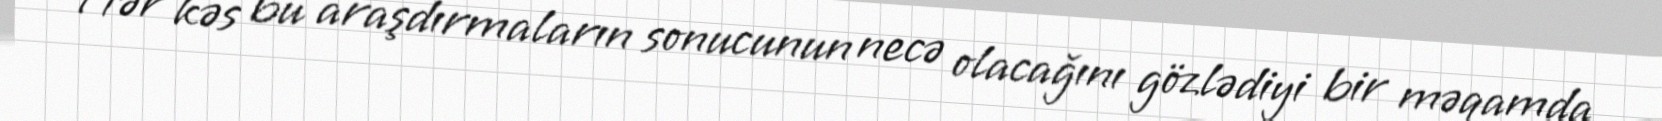
Hər kəs bu araşdırmaların sonucunun necə olacağını gözlədiyi bir məqamda